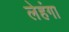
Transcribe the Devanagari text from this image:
लेहंगा